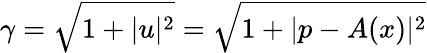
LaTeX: \gamma=\sqrt{1+|u|^{2}}=\sqrt{1+|p-A(x)|^{2}}